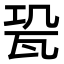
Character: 𤬳